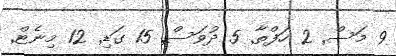
9 މަސް